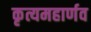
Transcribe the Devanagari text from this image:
कृत्यमहार्णव